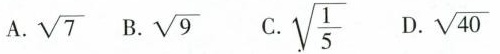
A. \sqrt{7} B. \sqrt{9} C. \sqrt{ \frac{1}{5} } D. \sqrt{40}